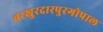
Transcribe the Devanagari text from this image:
बरखुरदारपुरगोपाल